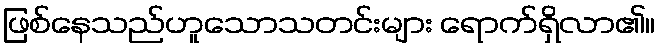
ဖြစ်နေသည်ဟူသောသတင်းများ ရောက်ရှိလာ၏။